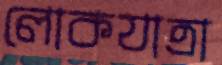
লোকযাত্রা